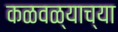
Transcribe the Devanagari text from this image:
कळवळ्याच्या